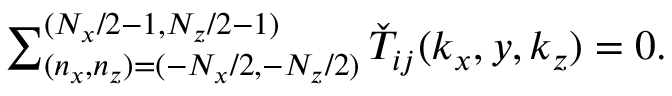
\begin{array} { r } { \sum _ { ( n _ { x } , n _ { z } ) = ( - N _ { x } / 2 , - N _ { z } / 2 ) } ^ { ( N _ { x } / 2 - 1 , N _ { z } / 2 - 1 ) } \check { T } _ { i j } ( k _ { x } , y , k _ { z } ) = 0 . } \end{array}